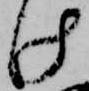
け